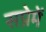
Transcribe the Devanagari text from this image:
सप्रेमें